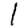
Digit: 1